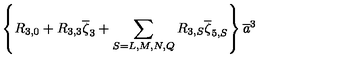
\left\{ R _ { 3 , 0 } + R _ { 3 , 3 } \overline { \zeta } _ { 3 } + \sum _ { S = L , M , N , Q } R _ { 3 , S } \overline { \zeta } _ { 5 , S } \right\} \overline { { a } } ^ { 3 }